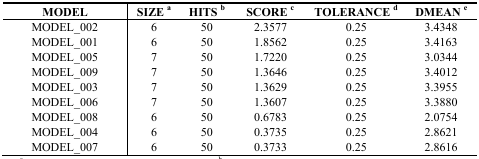
<table><thead><tr><td><b>MODEL</b></td><td><b>SIZE a</b></td><td><b>HITS b</b></td><td><b>SCORE c</b></td><td><b>TOLERANCE d</b></td><td><b>DMEAN e</b></td></tr></thead><tbody><tr><td>MODEL_002</td><td>6</td><td>50</td><td>2.3577</td><td>0.25</td><td>3.4348</td></tr><tr><td>MODEL_001</td><td>6</td><td>50</td><td>1.8562</td><td>0.25</td><td>3.4163</td></tr><tr><td>MODEL_005</td><td>7</td><td>50</td><td>1.7220</td><td>0.25</td><td>3.0344</td></tr><tr><td>MODEL_009</td><td>7</td><td>50</td><td>1.3646</td><td>0.25</td><td>3.4012</td></tr><tr><td>MODEL_003</td><td>7</td><td>50</td><td>1.3629</td><td>0.25</td><td>3.3955</td></tr><tr><td>MODEL_006</td><td>7</td><td>50</td><td>1.3607</td><td>0.25</td><td>3.3880</td></tr><tr><td>MODEL_008</td><td>6</td><td>50</td><td>0.6783</td><td>0.25</td><td>2.0754</td></tr><tr><td>MODEL_004</td><td>6</td><td>50</td><td>0.3735</td><td>0.25</td><td>2.8621</td></tr><tr><td>MODEL_007</td><td>6</td><td>50</td><td>0.3733</td><td>0.25</td><td>2.8616</td></tr></tbody></table>